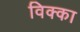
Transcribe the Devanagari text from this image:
विक्का